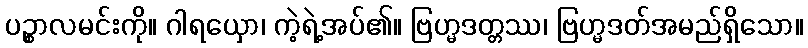
ပဉ္စာလမင်းကို။ ဂါရယှော၊ ကဲ့ရဲ့အပ်၏။ ဗြဟ္မဒတ္တဿ၊ ဗြဟ္မဒတ်အမည်ရှိသော။